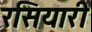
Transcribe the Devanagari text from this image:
रसियारी